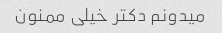
میدونم دکتر خیلی ممنون